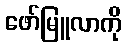
ဖော်မြူလာကို